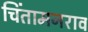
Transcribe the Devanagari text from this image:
चिंतामनराव